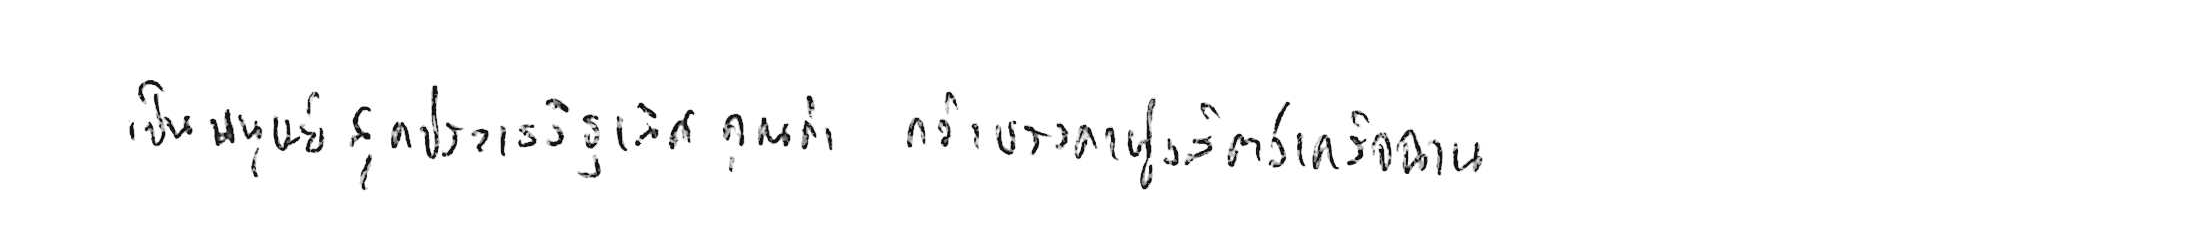
เป็นมนุษย์สุดประเสริฐเลิศคุณค่า กว่าบรรดาฝูงสัตว์เดรัจฉาน